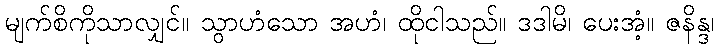
မျက်စိကိုသာလျှင်။ သွာဟံသော အဟံ၊ ထိုငါသည်။ ဒဒါမိ၊ ပေးအံ့။ ဇနိန္ဒ၊